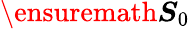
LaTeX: \ensuremath{\boldsymbol{S}}_{0}